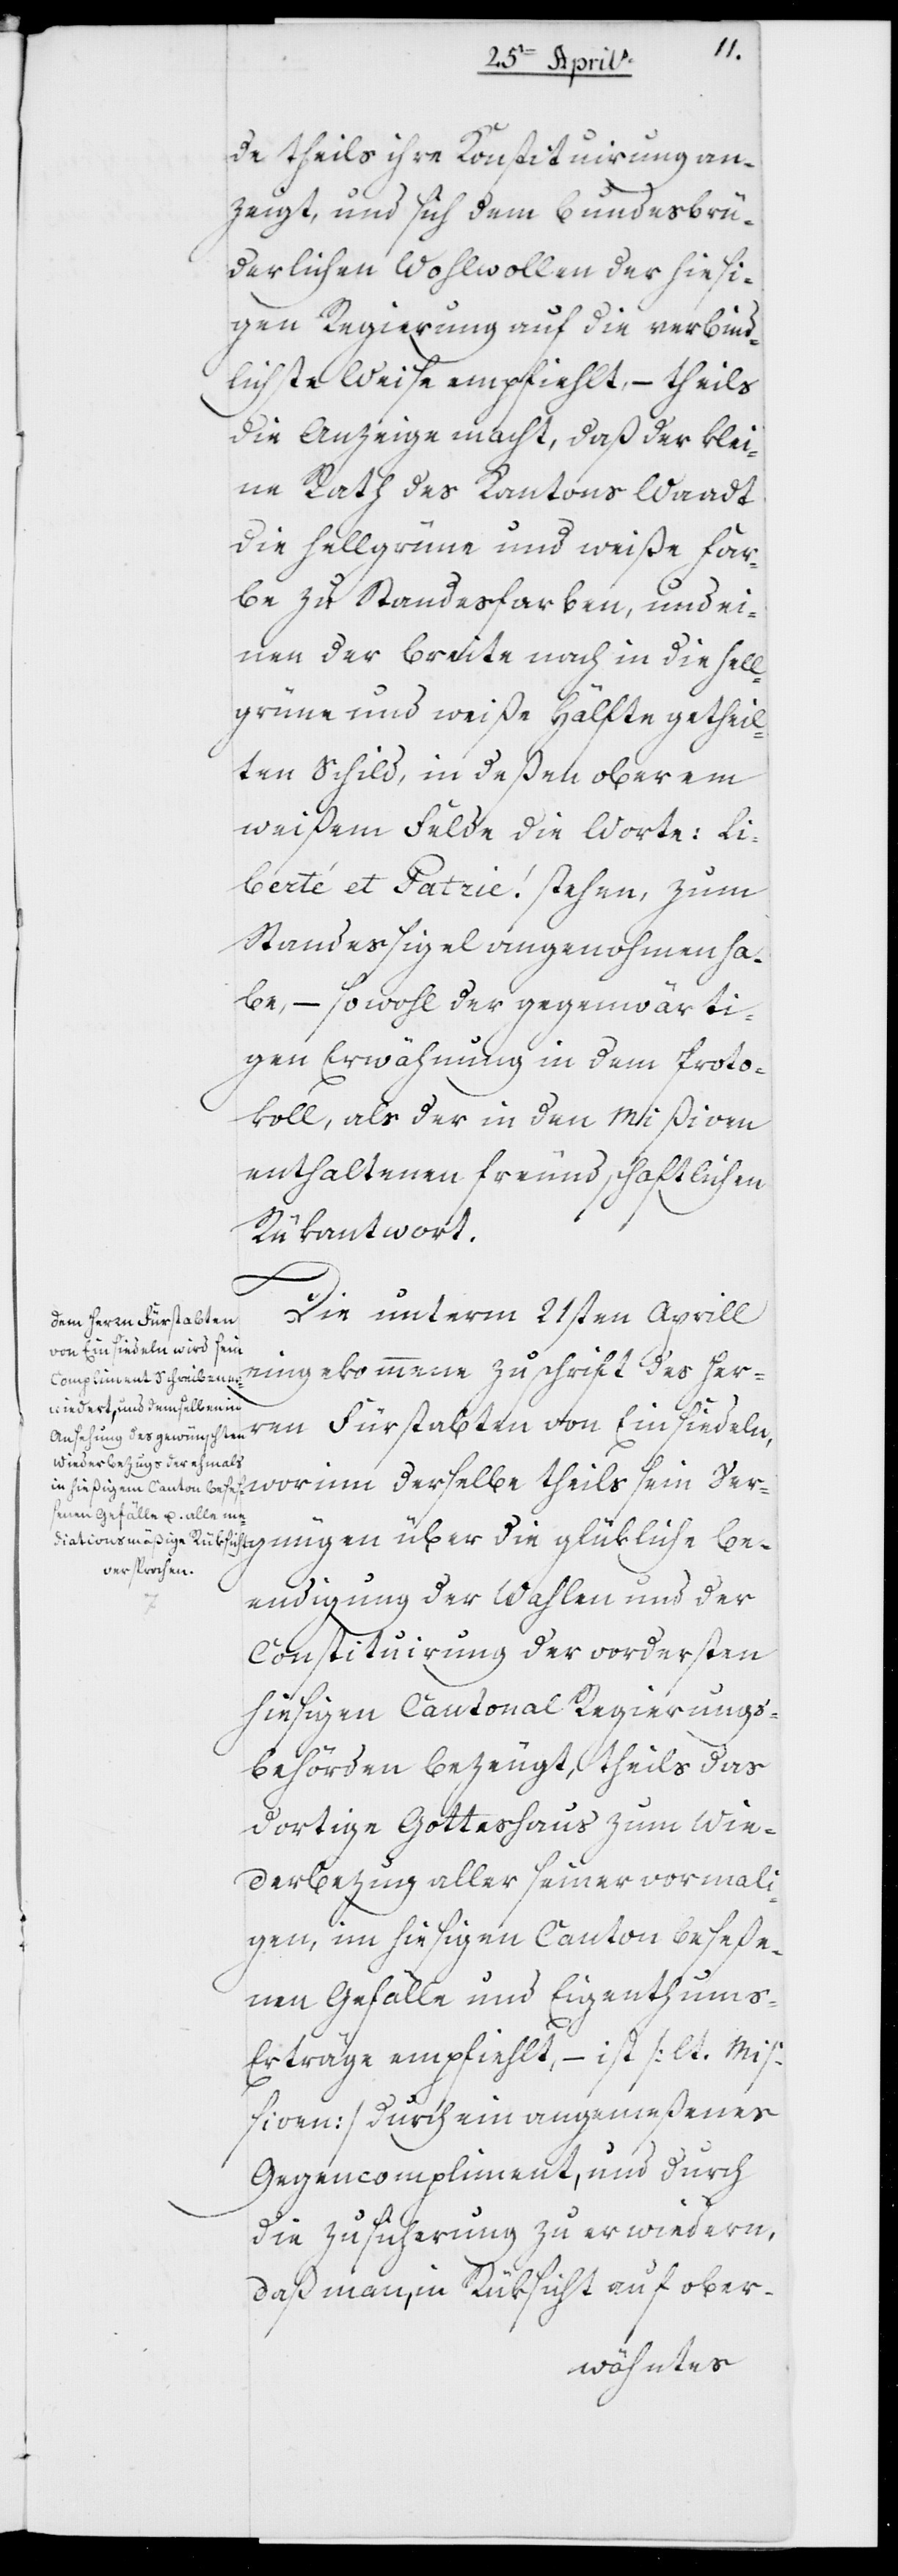
de theils ihre Konstituirung an¬
zeigt und sich dem bundesbrü¬
derlichen Wohlwollen der hiesi¬
gen Regierung auf die unverbind¬
lichste Weise empfiehlt, – theils
die Anzeige macht, daß der klei¬
ne Rath des Kantons Waadt
die hellgrüne und weiße Far¬
be zu Standesfarben, und ei¬
nen der Breite nach in die hell¬
grüne und weiße Hälfte getheil¬
ten Schild, in deßen oberem
weißen Felde die Worte Li¬
berté et Patrie! stehen, zum
Standessigel angenohmen ha¬
be, – sowohl der gegenwärti¬
gen Erwähnung in dem Proto¬
koll, als der in den Mißiven
enthaltenen freundschaftlichen
Rückantwort.
Die unterm 21sten Aprill
eingekommene Zuschrift des Her¬
ren Fürstabten von Einsiedeln, worinn derselbe theils sein Ver¬
gnügen über die glückliche Be¬
endigung der Wahlen und der
Constituierung der vordersten
hiesigen Cantonal Regierungs¬
behörden bezeugt, theils das
dortige Gotteshaus zum Wie¬
derbezug aller seiner vormali¬
gen, im hiesigen Kanton beseße¬
nen Gefälle und Eigentums-E¬
rträge empfiehlt, – ist (lt. Miß¬
iven) durch ein angemeßenes
Gegenkompliment und durch
die Zusicherung zu erwiedern,
daß man, in Rüksicht auf ober-